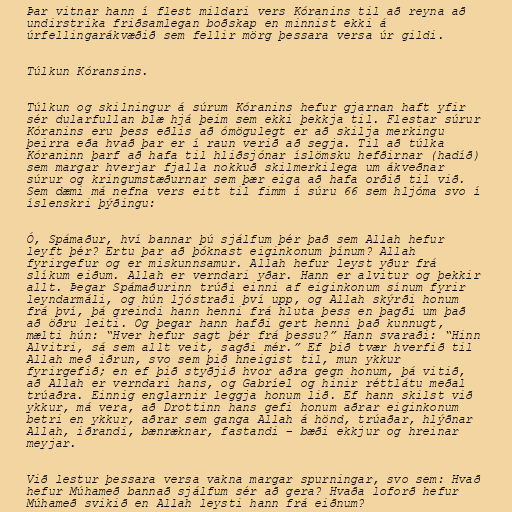
Þar vitnar hann í flest mildari vers Kóranins til að reyna að
undirstrika friðsamlegan boðskap en minnist ekki á
úrfellingarákvæðið sem fellir mörg þessara versa úr gildi.

Túlkun Kóransins.

Túlkun og skilningur á súrum Kóranins hefur gjarnan haft yfir
sér dularfullan blæ hjá þeim sem ekki þekkja til. Flestar súrur
Kóranins eru þess eðlis að ómögulegt er að skilja merkingu
þeirra eða hvað þar er í raun verið að segja. Til að túlka
Kóraninn þarf að hafa til hliðsjónar íslömsku hefðirnar (hadíð)
sem margar hverjar fjalla nokkuð skilmerkilega um ákveðnar
súrur og kringumstæðurnar sem þær eiga að hafa orðið til við.
Sem dæmi má nefna vers eitt til fimm í súru 66 sem hljóma svo í
íslenskri þýðingu:

Ó, Spámaður, hví bannar þú sjálfum þér það sem Allah hefur
leyft þér? Ertu þar að þóknast eiginkonum þínum? Allah
fyrirgefur og er miskunnsamur. Allah hefur leyst yður frá
slíkum eiðum. Allah er verndari yðar. Hann er alvitur og þekkir
allt. Þegar Spámaðurinn trúði einni af eiginkonum sínum fyrir
leyndarmáli, og hún ljóstraði því upp, og Allah skýrði honum
frá því, þá greindi hann henni frá hluta þess en þagði um það
að öðru leiti. Og þegar hann hafði gert henni það kunnugt,
mælti hún: “Hver hefur sagt þér frá þessu?” Hann svaraði: “Hinn
Alvitri, sá sem allt veit, sagði mér.” Ef þið tvær hverfið til
Allah með iðrun, svo sem þið hneigist til, mun ykkur
fyrirgefið; en ef þið styðjið hvor aðra gegn honum, þá vitið,
að Allah er verndari hans, og Gabríel og hinir réttlátu meðal
trúaðra. Einnig englarnir leggja honum lið. Ef hann skilst við
ykkur, má vera, að Drottinn hans gefi honum aðrar eiginkonum
betri en ykkur, aðrar sem ganga Allah á hönd, trúaðar, hlýðnar
Allah, iðrandi, bænræknar, fastandi – bæði ekkjur og hreinar
meyjar.

Við lestur þessara versa vakna margar spurningar, svo sem: Hvað
hefur Múhameð bannað sjálfum sér að gera? Hvaða loforð hefur
Múhameð svikið en Allah leysti hann frá eiðnum?